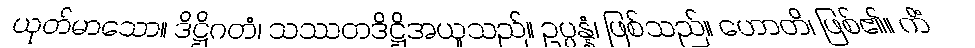
ယုတ်မာသော။ ဒိဋ္ဌိဂတံ၊ သဿတဒိဋ္ဌိအယူသည်။ ဥပ္ပန္နံ၊ ဖြစ်သည်။ ဟောတိ၊ ဖြစ်၏။ ကိံ